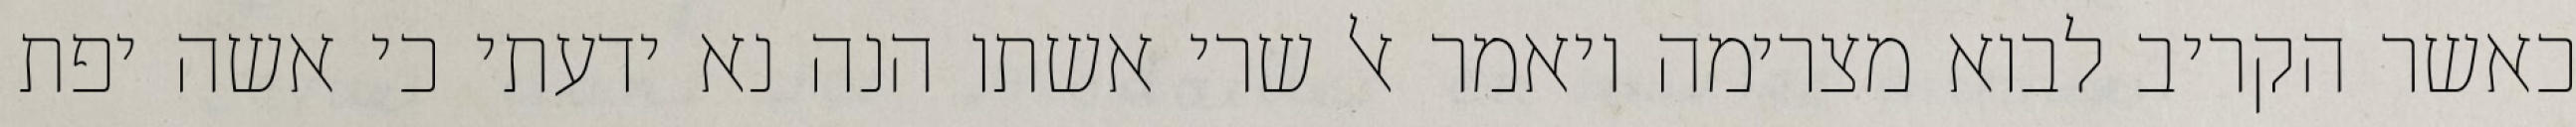
כאשר הקריב לבוא מצרימה ויאמר אל שרי אשתו הנה נא ידעתי כי אשה יפת